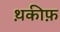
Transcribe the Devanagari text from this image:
थ़कीफ़